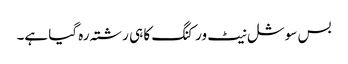
بس سوشل نیٹ ورکنگ کا ہی رشتہ رہ گیا ہے۔